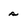
Character: s